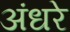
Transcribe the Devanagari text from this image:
अंधरे